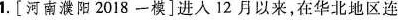
1.[河南濮阳2018一模]进人12月以来，在华北地区连